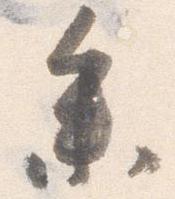
参